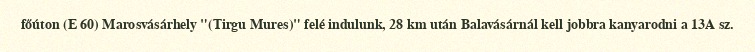
főúton (E 60) Marosvásárhely "(Tirgu Mures)" felé indulunk, 28 km után Balavásárnál kell jobbra kanyarodni a 13A sz.